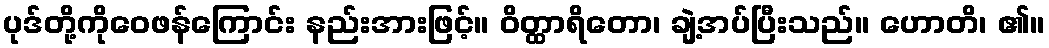
ပုဒ်တို့ကိုဝေဖန်ကြောင်း နည်းအားဖြင့်။ ဝိတ္ထာရိတော၊ ချဲ့အပ်ပြီးသည်။ ဟောတိ၊ ၏။